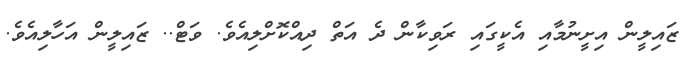
ޒައިލީން އިށީނުމާއި އެކީގައި ރަވިކާން ދެ އަތް ދިއްކޮށްލިއެވެ. ވަޓް.. ޒައިލީން އަހާލިއެވެ.